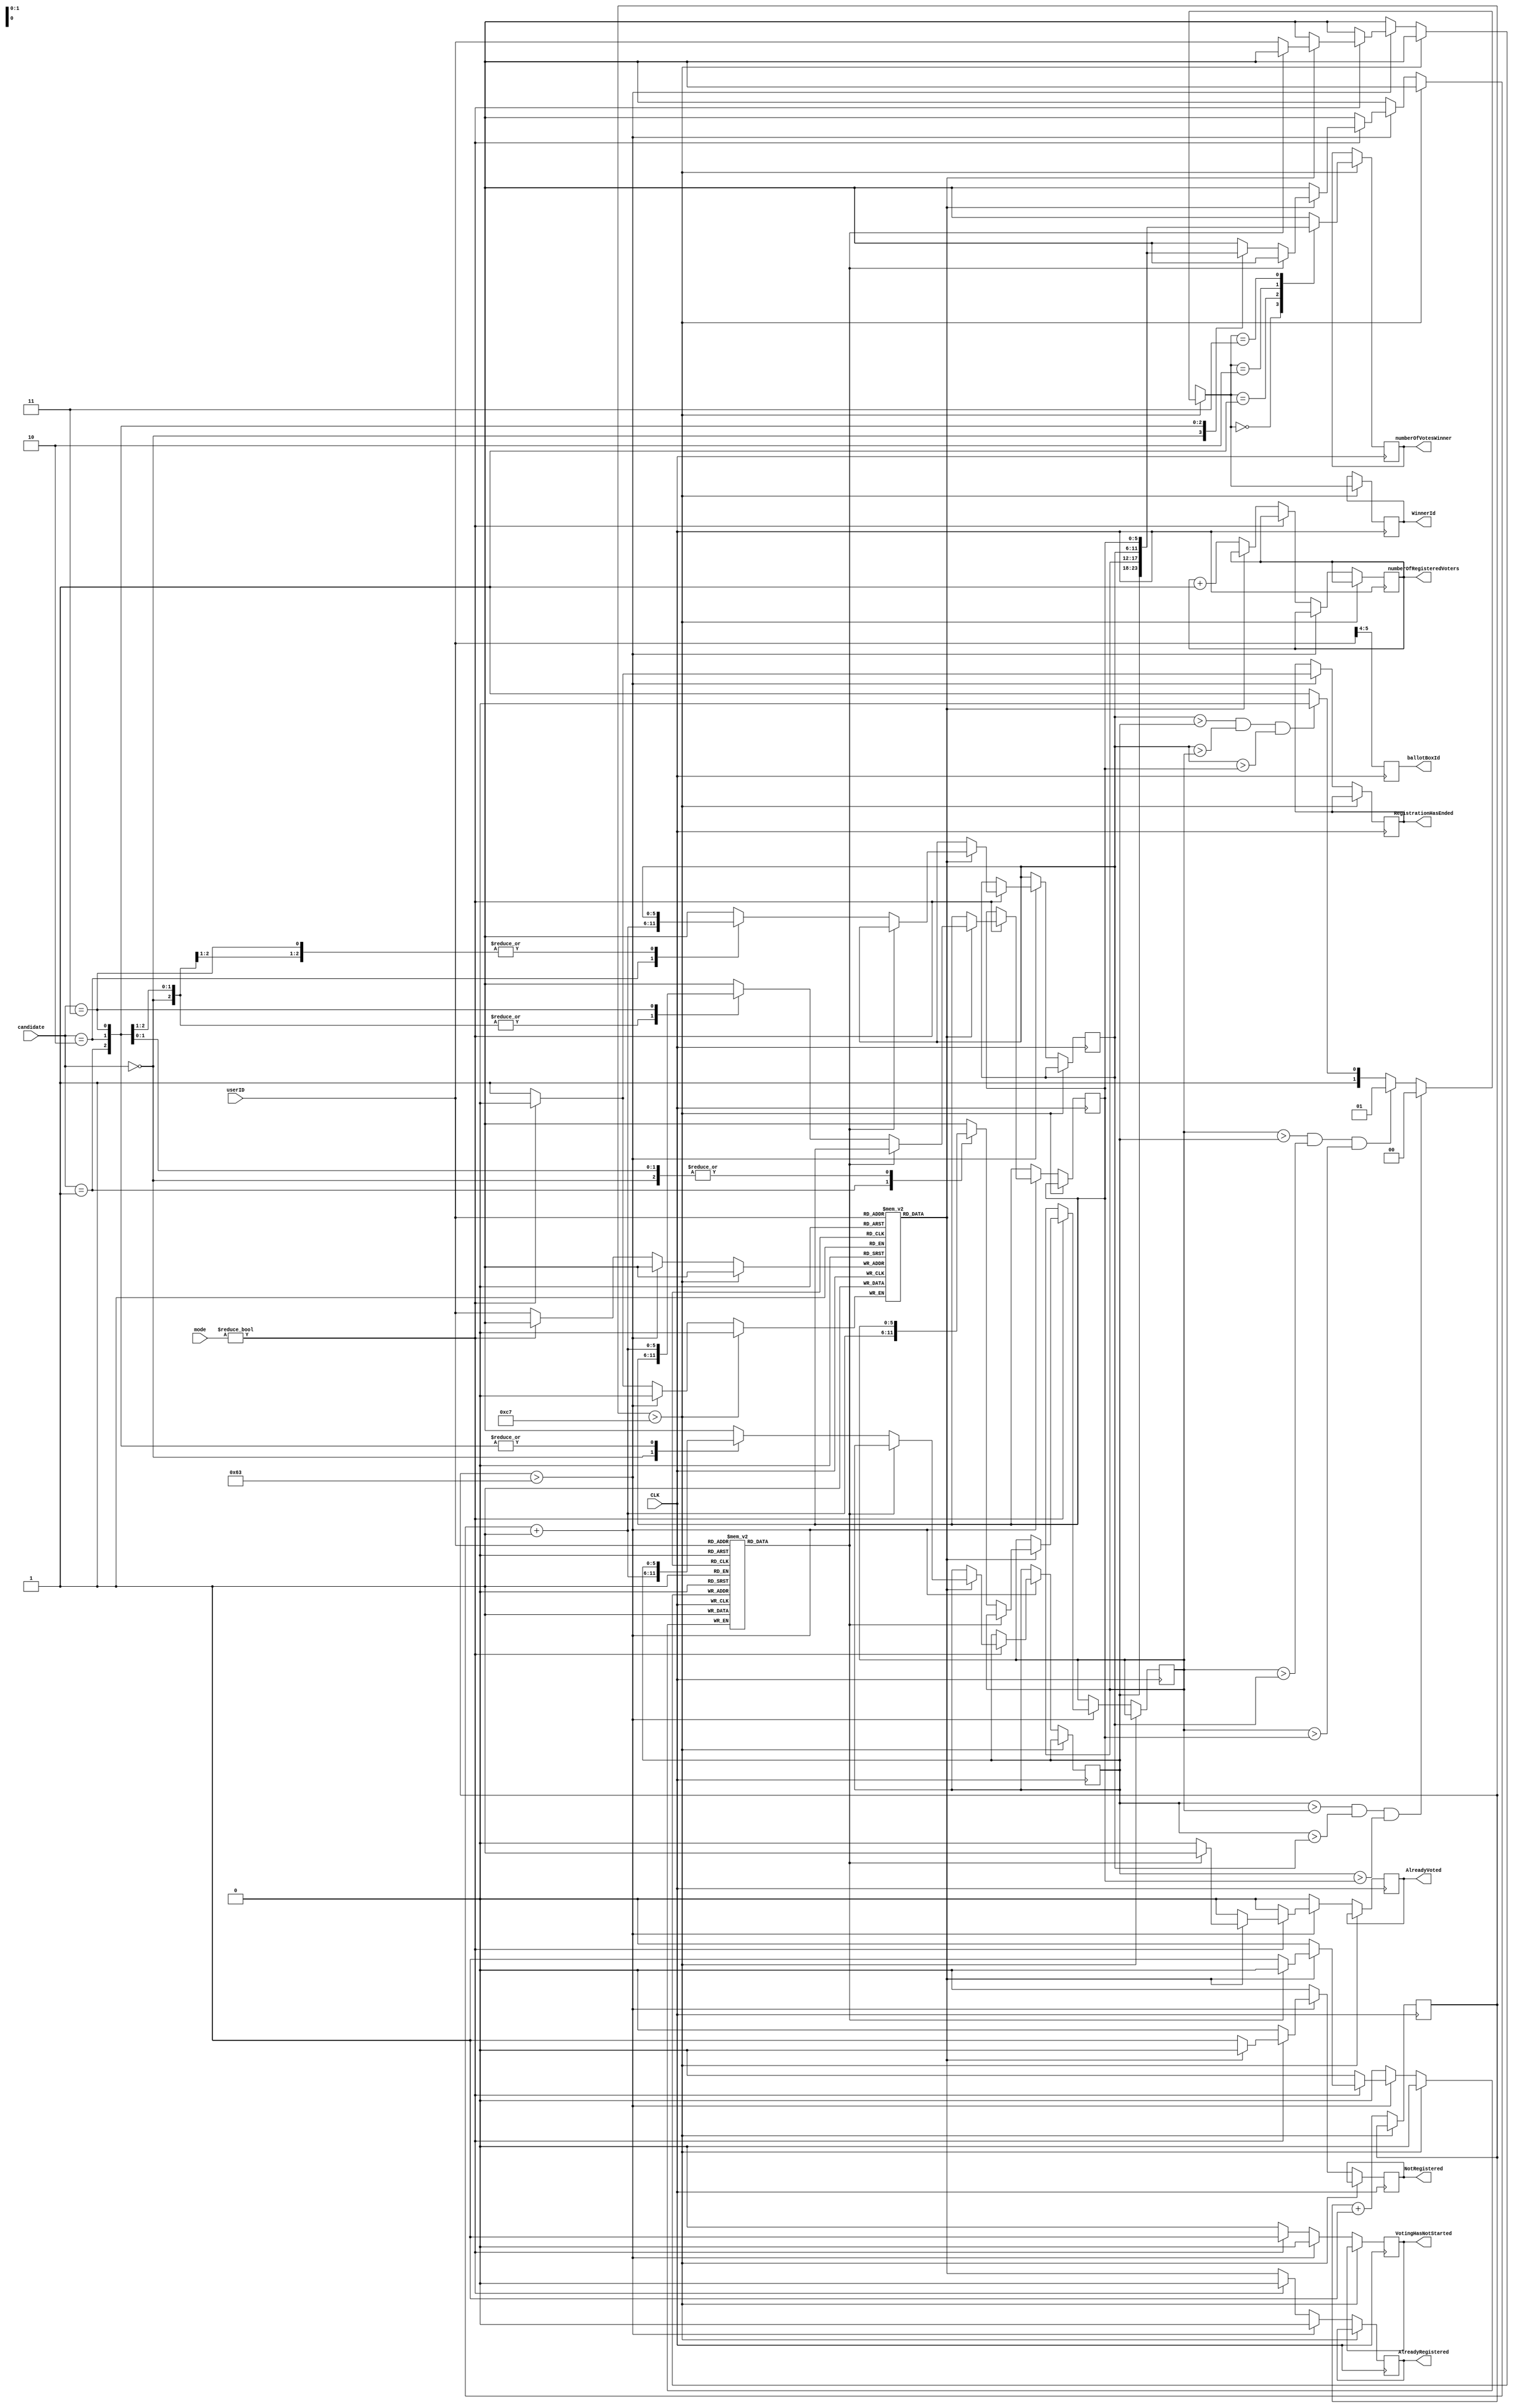
`timescale 1ns / 1ps

module SelectionOfAvatar(
	input [1:0] mode,
	input [5:0] userID,
	input [1:0] candidate, // 00:Air 01:Fire, 10:Earth, 11: Water
	input CLK,
	output reg [1:0] ballotBoxId,
	output reg [5:0] numberOfRegisteredVoters,
	output reg [5:0] numberOfVotesWinner, // number of votes of winner
	output reg [1:0] WinnerId,
	output reg AlreadyRegistered,
	output reg AlreadyVoted,
	output reg NotRegistered,
	output reg VotingHasNotStarted,
	output reg RegistrationHasEnded
	);
	reg [7:0] counter ; 
	reg registry[63:0];
	reg voted[63:0];
	reg [5:0]result[3:0] ; 
	reg [3:0] index ;
	reg [6:0]i ; 

	initial begin
		counter = 8'd0 ; 
		numberOfRegisteredVoters = 6'd0 ; 
		numberOfVotesWinner = 6'd0;
		RegistrationHasEnded = 0 ;
		WinnerId = 2'd0;
		
		for(i=0 ; i < 64 ;i= i+1)begin 
			registry[i] = 1'b0 ; 
		end
		
		for(i=0 ; i < 64;i= i+1)begin 
			voted[i] = 1'b0 ; 
		end
		
		for(i=0 ; i < 4 ;i= i+1)begin 
			result[i] = 6'd0 ; 
		end
		
	end
	
	

	always @(posedge CLK)
	begin
			ballotBoxId = userID[5:4] ;
			index       = userID[3:0] ;
			
			if(counter > 8'd199)begin
				if(result[2'd0]>result[2'd1] && result[2'd0]>result[2'd2] && result[2'd0]>result[2'd3])begin
				//max 0
					WinnerId = 2'd0 ; 
				end else if(result[2'd1]>result[2'd0] && result[2'd1]>result[2'd2] && result[2'd1]>result[2'd3]) begin
				//max 1
					WinnerId = 2'd1 ; 
				end else if (result[2'd2]>result[2'd0] && result[2'd2]>result[2'd1] && result[2'd2]>result[2'd3]) begin
				//max 2
					WinnerId = 2'd2 ; 
				end else begin
				//max 3
					WinnerId = 2'd3 ; 
				end
				
				numberOfVotesWinner = result[WinnerId];
			end 
			else begin
				if(counter > 99)begin 
					//voting
					if(mode)begin//voting 
						if(registry[userID])begin
							if(voted[userID]) begin 
								RegistrationHasEnded = 1'b0 ;
								VotingHasNotStarted = 1'b0 ;
								AlreadyRegistered = 1'b0 ;
								AlreadyVoted = 1'b1 ; 
								NotRegistered = 1'b0 ;									
							end else begin 
								//finally able to vote
								voted[userID] = 1'b1 ; 
								RegistrationHasEnded = 1'b0 ;
								VotingHasNotStarted = 1'b0 ;
								AlreadyRegistered = 1'b0 ;
								AlreadyVoted = 1'b0 ; 
								NotRegistered = 1'b0 ;	
								result[candidate] = result[candidate] + 8'd1 ;
								
							end
						end else begin 
							RegistrationHasEnded = 1'b0 ;
							VotingHasNotStarted = 1'b0 ;
							AlreadyRegistered = 1'b0 ;
							AlreadyVoted = 1'b0 ; 
							NotRegistered = 1'b1 ;
						end
					end else begin
						RegistrationHasEnded = 1'b1 ;
						VotingHasNotStarted = 1'b0 ;
						AlreadyRegistered = 1'b0 ;
						AlreadyVoted = 1'b0 ; 
						NotRegistered = 1'b0 ; 
					end
				end else begin //register
					if(mode)begin 
						//mode 1 :
						VotingHasNotStarted = 1'b1 ;
						AlreadyRegistered = 1'b0 ;
						AlreadyVoted = 1'b0 ; 
						NotRegistered = 1'b0 ; 
					end else begin
						//mode 0 : 
						VotingHasNotStarted = 1'b0 ;  
						AlreadyRegistered = registry[userID];
						AlreadyVoted = 1'b0 ; 
						NotRegistered = 1'b0 ; 
						registry[userID] = 1'b1 ;
						if(AlreadyRegistered)begin end else begin
							numberOfRegisteredVoters = numberOfRegisteredVoters + 6'd1 ;
						end
					end					
				end
				counter = counter + 8'd1 ; 
			end	
	
	end

endmodule